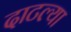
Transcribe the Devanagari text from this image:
दाटल्या